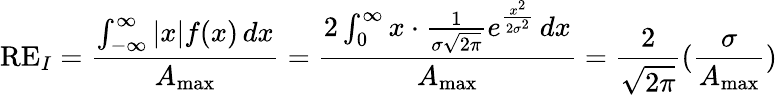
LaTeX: \mathrm{RE}_{I}=\frac{\int_{-\infty}^{\infty}\vert x\vert f(x)\, dx}{A_{\operatorname*{max}}}=\frac{2\int_{0}^{\infty}x\cdot\frac{1}{\sigma\sqrt{2\pi}}e^{\frac{x^{2}}{2\sigma^{2}}}\, dx}{A_{\operatorname*{max}}}=\frac{2}{\sqrt{2\pi}}(\frac{\sigma}{A_{\operatorname*{max}}})